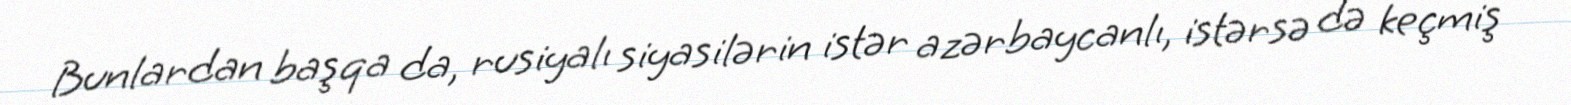
Bunlardan başqa da, rusiyalı siyasilərin istər azərbaycanlı, istərsə də keçmiş